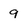
Character: 9